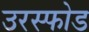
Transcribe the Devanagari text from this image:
उरस्फोड